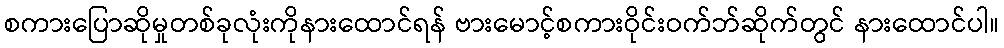
စကားပြောဆိုမှုတစ်ခုလုံးကိုနားထောင်ရန် ဗားမောင့်စကားဝိုင်းဝက်ဘ်ဆိုက်တွင် နားထောင်ပါ။